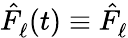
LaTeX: \hat{F}_{\ell}^{}(t)\equiv\hat{F}_{\ell}^{}